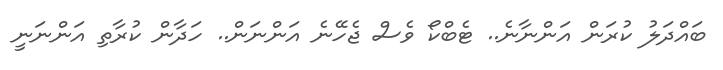
ބައްދަލު ކުރަން އަންނާނެ.. ޓެބްކޯ ވެސް ޖެހޭނެ އަންނަން.. ހަދާން ކުރާތި އަންނަނީ